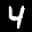
Label: 4